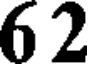
62